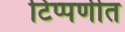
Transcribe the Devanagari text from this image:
टिप्पणीत